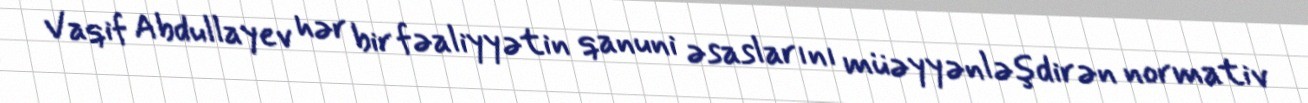
Vaqif Abdullayev hər bir fəaliyyətin qanuni əsaslarını müəyyənləşdirən normativ